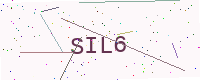
Text: SIL6